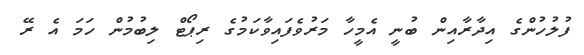
ފުލުހުންގެ އިދާރާއިން ބުނީ އެމީހާ މަރުވެފައިވާކަމުގެ ރިޕޯޓް ލިބުމުން ހަމަ އެ ރޭ